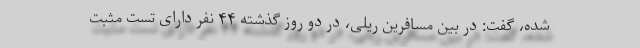
شده، گفت: در بین مسافرین ریلی، در دو روز گذشته ۴۴ نفر دارای تست مثبت